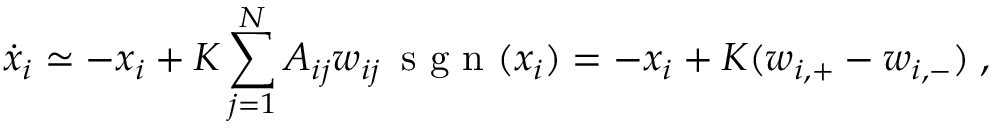
\dot { x } _ { i } \simeq - x _ { i } + K \sum _ { j = 1 } ^ { N } A _ { i j } w _ { i j } \, \mathrm { ~ s ~ g ~ n ~ } ( x _ { i } ) = - x _ { i } + K ( w _ { i , + } - w _ { i , - } ) \; ,